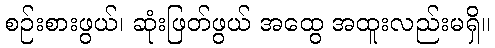
စဉ်းစားဖွယ်၊ ဆုံးဖြတ်ဖွယ် အထွေ အထူးလည်းမရှိ။